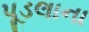
પૂડલાના